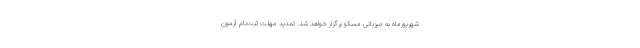
شهریورماه به میزبانی مسکو برگزار خواهد شد. تمدید مهلت ثبت‌نام آزمون